Lunatic asylums Central Provinces reports 1895-1909 - 1895-1909
Year: 1895
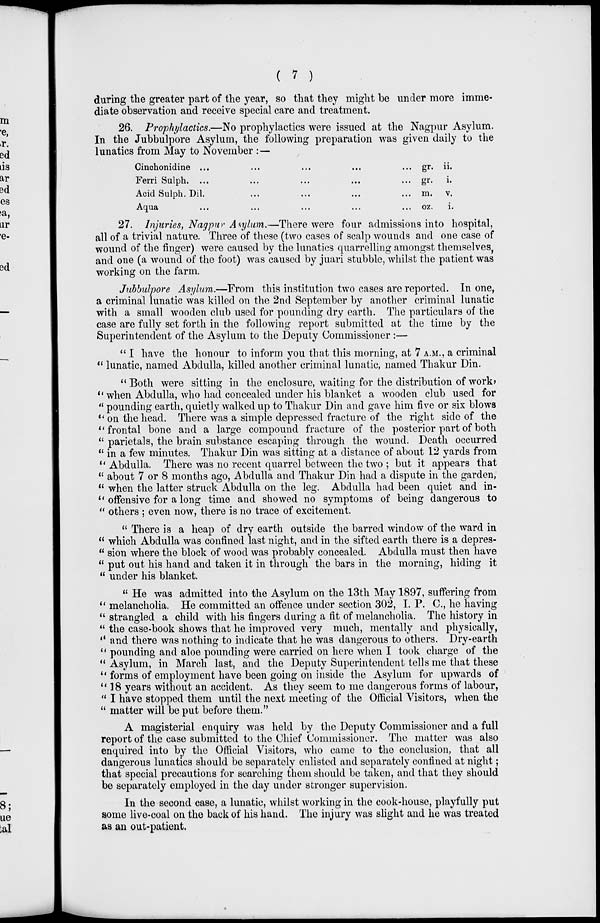
( 7 )
during the greater part of the year, so that they might be under more imme-
diate observation and receive special care and treatment.
26. Prophylactics.—No prophylactics were issued at the Nagpur Asylum.
In the Jubbulpore Asylum, the following preparation was given daily to the
lunatics from May to November :—
Cinchonidine ... ... ... ... ...
Ferri Sulph. ... ... ... ...
Acid Sulph. Dil. ... ... ... ... ...
Aqua ... ... ... ... ... ...
gr.
gr.
m.
oz.
ii.
i.
v.
i.
27. Injuries, Nagpur Asylum.—There were four admissions into hospital,
all of a trivial nature. Three of these (two cases of scalp wounds and one case of
wound of the finger) were caused by the lunatics quarrelling amongst themselves,
and one (a wound of the foot) was caused by juari stubble, whilst the patient was
working on the farm.
Jubbulpore Asylum.—From this institution two cases are reported. In one,
a criminal lunatic was killed on the 2nd September by another criminal lunatic
with a small wooden club used for pounding dry earth. The particulars of the
case are fully set forth in the following report submitted at the time by the
Superintendent of the Asylum to the Deputy Commissioner :—
" I have the honour to inform you that this morning, at 7 A.M., a criminal
" lunatic, named Abdulla, killed another criminal lunatic, named Thakur Din.
"Both were sitting in the enclosure, waiting for the distribution of work,
" when Abdulla, who had concealed under his blanket a wooden club used for
" pounding earth, quietly walked up to Thakur Din and gave him five or six blows
" on the head. There was a simple depressed fracture of the right side of the
''frontal bone and a large compound fracture of the posterior part of both
" parietals, the brain substance escaping through the wound. Death occurred
" in a few minutes. Thakur Din was sitting at a distance of about 12 yards from
" Abdulla. There was no recent quarrel between the two ; but it appears that
" about 7 or 8 months ago, Abdulla and Thakur Din had a dispute in the garden,
" when the latter struck Abdulla on the leg. Abdulla had been quiet and in-
" offensive for a long time and showed no symptoms of being dangerous to
" others ; even now, there is no trace of excitement.
" There is a heap of dry earth outside the barred window of the ward in
" which Abdulla was confined last night, and in the sifted earth there is a depres-
" sion where the block of wood was probably concealed. Abdulla must then have
" put out his hand and taken it in through the bars in the morning, hiding it
" under his blanket.
" He was admitted into the Asylum on the 13th May 1897, suffering from
" melancholia. He committed an offence under section 302, I. P. C, he having
" strangled a child with his fingers during a fit of melancholia. The history in
" the case-book shows that he improved very much, mentally and physically,
" and there was nothing to indicate that he was dangerous to others. Dry-earth
" pounding and aloe pounding were carried on here when I took charge of the
" Asylum, in March last, and the Deputy Superintendent tells me that these
" forms of employment have been going on inside the Asylum for upwards of
"18 years without an accident. As they seem to me dangerous forms of labour,
" I have stopped them until the next meeting of the Official Visitors, when the
" matter will be put before them."
A magisterial enquiry was held by the Deputy Commissioner and a full
report of the case submitted to the Chief Commissioner. The matter was also
enquired into by the Official Visitors, who came to the conclusion, that all
dangerous lunatics should be separately enlisted and separately confined at night;
that special precautions for searching them should be taken, and that they should
be separately employed in the day under stronger supervision.
In the second case, a lunatic, whilst working in the cook-house, playfully put
some live-coal on the back of his hand. The injury was slight and he was treated
as an out-patient.